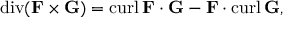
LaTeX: \operatorname { d i v } ( \mathbf { F } \times \mathbf { G } ) = \operatorname { c u r l } \mathbf { F } \cdot \mathbf { G } - \mathbf { F } \cdot \operatorname { c u r l } \mathbf { G } ,